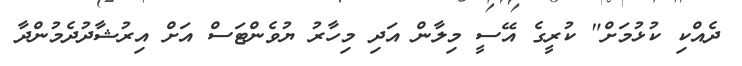
ދެއްކި ކުޅުމަށް" ކުރީގެ އޭސީ މިލާން އަދި މިހާރު ޔުވެންޓަސް އަށް އިރުޝާދުދެމުންދާ